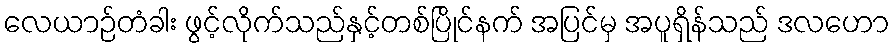
လေယာဉ်တံခါး ဖွင့်လိုက်သည်နှင့်တစ်ပြိုင်နက် အပြင်မှ အပူရှိန်သည် ဒလဟော